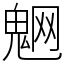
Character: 䰣